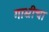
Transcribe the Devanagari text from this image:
गाभ्रीचा